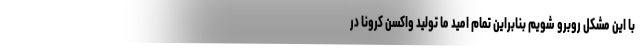
با این مشکل روبرو شویم بنابراین تمام امید ما تولید واکسن کرونا در